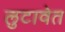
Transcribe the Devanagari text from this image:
लुटावेत